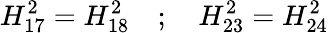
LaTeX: H_{17}^{2}=H_{18}^{2}\quad;\quad H_{23}^{2}=H_{24}^{2}